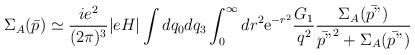
LaTeX: \begin{align*}\Sigma_A(\bar{p}) \simeq \frac{i e^2}{(2 \pi)^3} |eH| \int dq_0 dq_3\int_0^\infty dr^2 {\rm e}^{- r^2} \frac{G_1}{q^2} \frac{\Sigma_A(\bar{p"})}{\bar{p"}^2 + \Sigma_A(\bar{p"})}\end{align*}